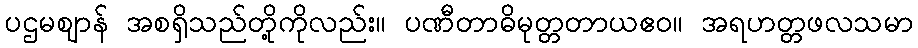
ပဌမဈာန် အစရှိသည်တို့ကိုလည်း။ ပဏီတာဓိမုတ္တတာယဧဝ။ အရဟတ္တဖလသမာ